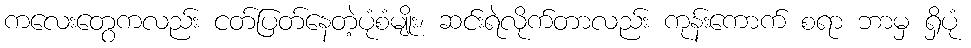
ကလေးတွေကလည်း ငတ်ပြတ်နေတဲ့ပုံစံမျိုး၊ ဆင်းရဲလိုက်တာလည်း ကုန်းကောက် စရာ ဘာမှ ရှိပုံ